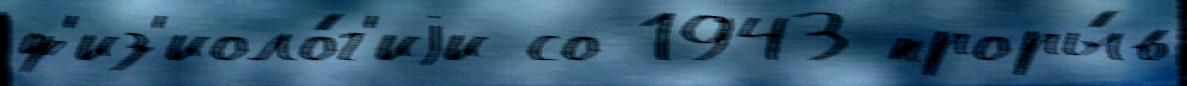
ф'из'иоло́г'иjи со 1943 проры́в